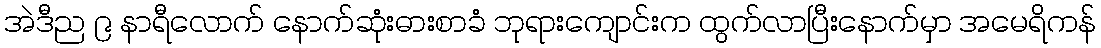
အဲဒီည ၉ နာရီလောက် နောက်ဆုံးဓားစာခံ ဘုရားကျောင်းက ထွက်လာပြီးနောက်မှာ အမေရိကန်